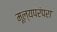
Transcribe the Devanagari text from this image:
मूल्यपरंपरा